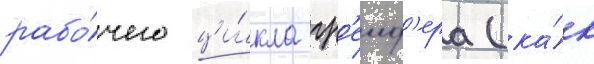
рабо́чего ци́кла гр'еиф'ера (ка́к